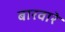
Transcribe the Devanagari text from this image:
बारवारे